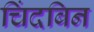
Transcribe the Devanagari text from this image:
चिंदबिन